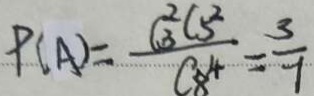
P ( A ) = \frac { C _ { 3 } ^ { 2 } C _ { 5 } ^ { 2 } } { C _ { 8 } ^ { 4 } } = \frac { 3 } { 7 }